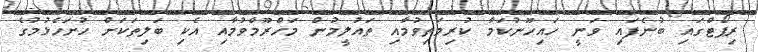
ރިޕޯޓްގައި ބުނެފައި ވަނީ ހައިހޫނުކަމާ ކުރިމަތިވުމާއި ތައުލީމުން މަހްރޫމްވުމާއި އެކި ބަލިތަކަށް ހުށަހެޅުމުގެ